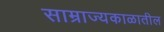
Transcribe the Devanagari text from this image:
साम्राज्यकाळातील